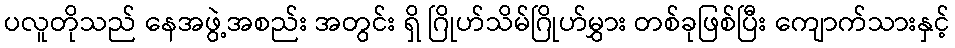
ပလူတိုသည် နေအဖွဲ့အစည်း အတွင်း ရှိ ဂြိုဟ်သိမ်ဂြိုဟ်မွှား တစ်ခုဖြစ်ပြီး ကျောက်သားနှင့်